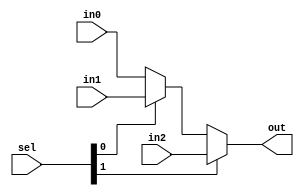
module MUX3(in0,in1,in2,sel,out);
  parameter len = 8;

  input [len-1:0] in0 , in1 ,in2; 
  input [1:0] sel;
  output [len-1:0] out; 
  
  assign out = sel[1] ? in2 : sel[0] ? in1 : in0;

endmodule